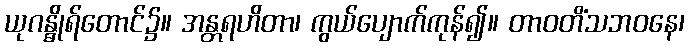
ယုဂန္ဓိုရ်တောင်၌။ အန္တရဟိတာ၊ ကွယ်ပျောက်ကုန်၍။ တာဝတိံသဘဝနေ၊